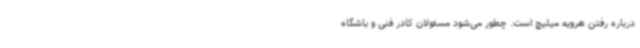
درباره رفتن هرویه میلیچ است. چطور می‌شود مسئولان کادر فنی و باشگاه